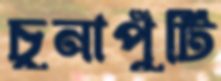
চুনাপুঁটি